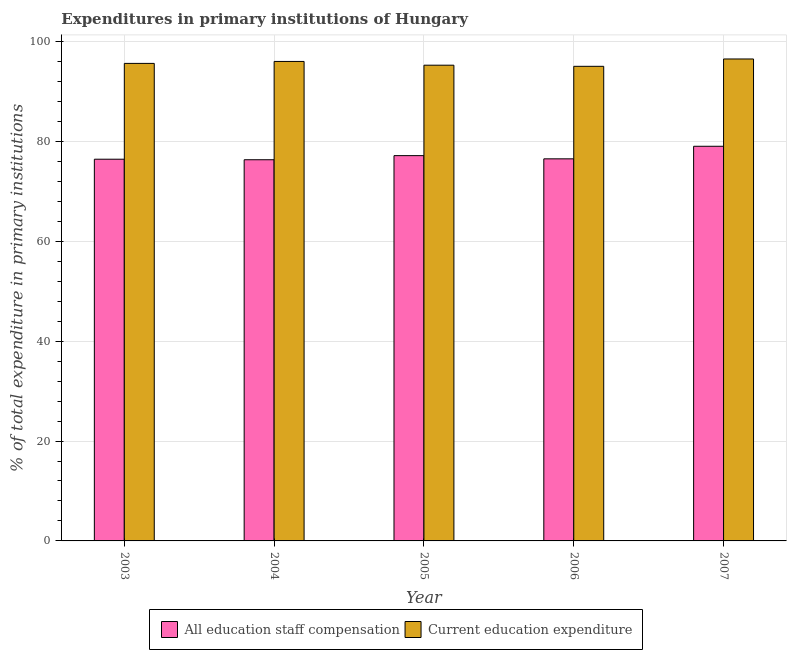
| Year | All education staff compensation | Current education expenditure |
 | --- | --- | --- |
 | 2003 | 76.4 | 95.6 |
 | 2004 | 76.3 | 96 |
 | 2005 | 77.1 | 95.2 |
 | 2006 | 76.5 | 95 |
 | 2007 | 79 | 96.5 |